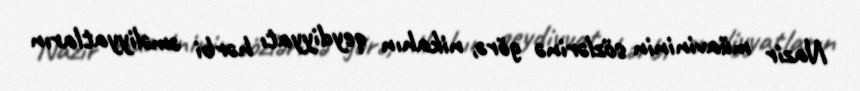
Nazir müavininin sözlərinə görə, nikahın qeydiyyatı hərbi əməliyyatların